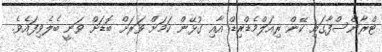
ޓްރާންސްފާގައި ކޭން ރިއަލްމެޑްރިޑް އާއި ގުޅޭން ކަމަށް ވަރަށް ބޮޑަށް ވަނީ ބެލެވިފައެވެ.